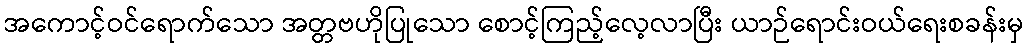
အကောင့်ဝင်ရောက်သော အတ္တဗဟိုပြုသော စောင့်ကြည့်လေ့လာပြီး ယာဉ်ရောင်းဝယ်ရေးစခန်းမှ